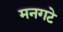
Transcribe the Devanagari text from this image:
मनगटे